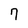
Character: 7